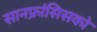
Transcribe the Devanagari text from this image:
सानफ्रांसिसको